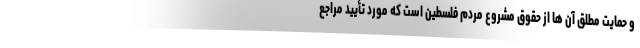
و حمایت مطلق آن ها از حقوق مشروع مردم فلسطین است که مورد تأیید مراجع